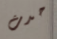
حدث